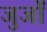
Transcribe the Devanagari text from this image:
जुजों